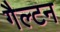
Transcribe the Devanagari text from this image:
गैल्टन